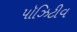
પૉઝિટીવ